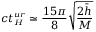
c t _ { { \scriptscriptstyle H } } ^ { { \scriptscriptstyle u r } } \simeq \frac { 1 5 \pi } { 8 } \sqrt { \frac { 2 \bar { h } } M }